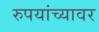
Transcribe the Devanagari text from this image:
रुपयांच्यावर